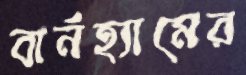
বার্নহ্যামের